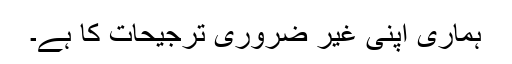
ہماری اپنی غیر ضروری ترجیحات کا ہے۔